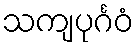
သကျပုင်္ဂဝံ